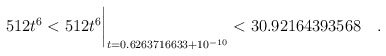
\begin{align*}512 t^6 < 512 t^6\biggr\rvert_{t=0.6263716633 + 10^{-10}} < 30.92164393568\quad. \end{align*}